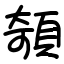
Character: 䫑